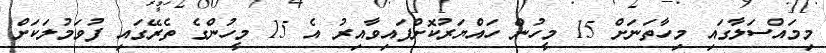
މިމައްސަލާގައި މިހާތަނަށް 15 މީހުން ހައްޔަރުކޮށްފައިވާއިރު އެ 15 މީހުންގެ ތެރޭގައި ފުވަމުލަކަށް